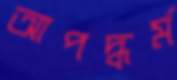
আপদ্ধর্ম